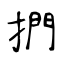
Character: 捫